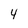
Character: 4